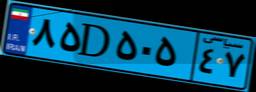
۸۵D۵۰۵۴۷